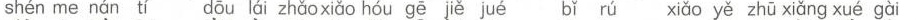
shén me nán tí dōu lái zhǎo xiǎo hóu gē jě jué bǐ rú xiǎo yě zhǔ xiǎng xué gài